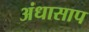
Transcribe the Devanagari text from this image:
अंधासाप